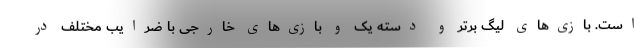
است. بازی‌های لیگ برتر و دسته یک و بازی‌های خارجی با ضرایب مختلف در